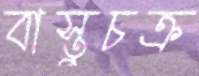
বাস্তুচক্র